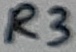
Text: R3